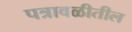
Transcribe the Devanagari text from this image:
पत्रावळीतील